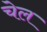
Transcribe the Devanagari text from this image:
चेल